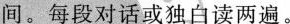
间。每段对话或独白读两遍。